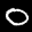
Label: 0